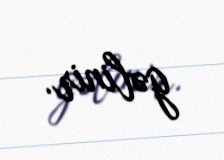
gəlinir.